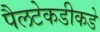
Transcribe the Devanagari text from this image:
पैलटेकडीकडे